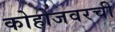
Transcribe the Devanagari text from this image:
कोहोजवरची